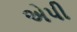
એપી